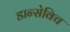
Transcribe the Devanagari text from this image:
डान्सेविच